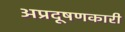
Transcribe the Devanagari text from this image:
अप्रदूषणकारी